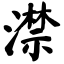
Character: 澿